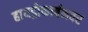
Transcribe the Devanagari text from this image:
हायड्रोकार्बनवर